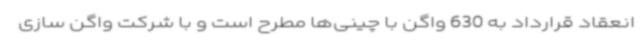
انعقاد قرارداد به 630 واگن با چینی‌ها مطرح است و با شرکت واگن سازی